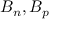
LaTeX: B _ { n } , B _ { p }